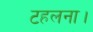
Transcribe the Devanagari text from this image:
टहलना।